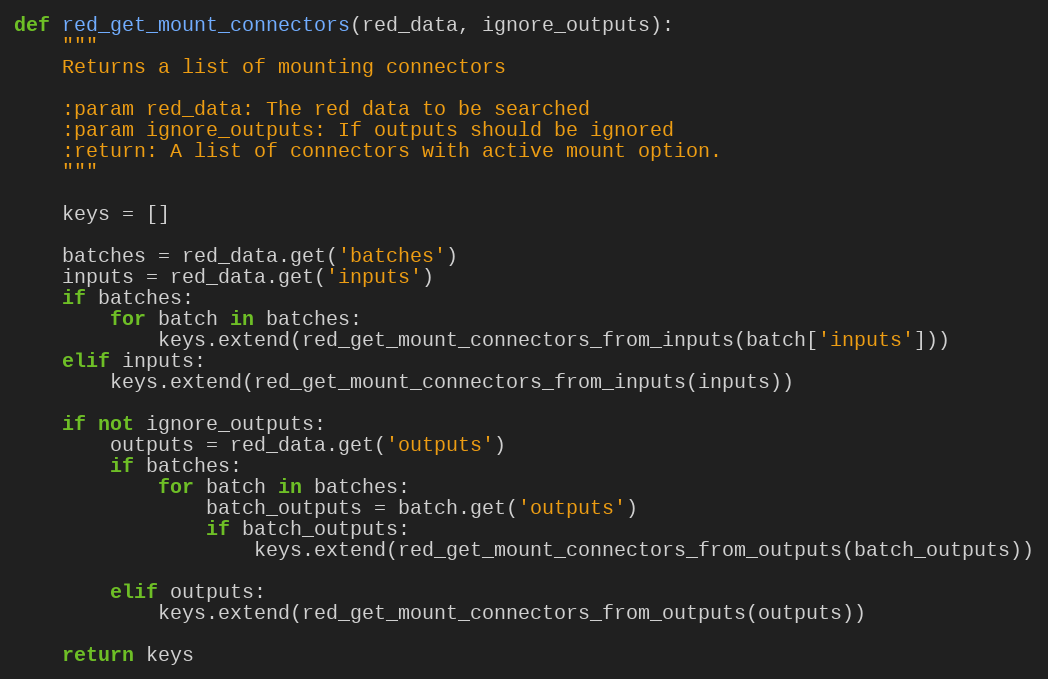
Language: Python
def red_get_mount_connectors(red_data, ignore_outputs):
    """
    Returns a list of mounting connectors

    :param red_data: The red data to be searched
    :param ignore_outputs: If outputs should be ignored
    :return: A list of connectors with active mount option.
    """

    keys = []

    batches = red_data.get('batches')
    inputs = red_data.get('inputs')
    if batches:
        for batch in batches:
            keys.extend(red_get_mount_connectors_from_inputs(batch['inputs']))
    elif inputs:
        keys.extend(red_get_mount_connectors_from_inputs(inputs))

    if not ignore_outputs:
        outputs = red_data.get('outputs')
        if batches:
            for batch in batches:
                batch_outputs = batch.get('outputs')
                if batch_outputs:
                    keys.extend(red_get_mount_connectors_from_outputs(batch_outputs))

        elif outputs:
            keys.extend(red_get_mount_connectors_from_outputs(outputs))

    return keys